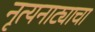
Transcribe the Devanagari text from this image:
नृत्यनाट्याचा